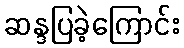
ဆန္ဒပြခဲ့ကြောင်း